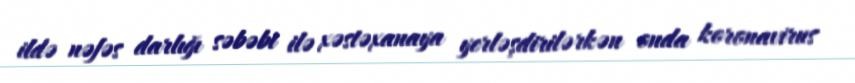
ildə nəfəs darlığı səbəbi ilə xəstəxanaya yerləşdirilərkən onda koronavirus